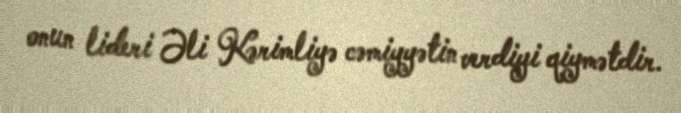
onun lideri Əli Kərimliyə cəmiyyətin verdiyi qiymətdir.